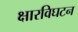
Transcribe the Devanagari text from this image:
क्षारविघटन